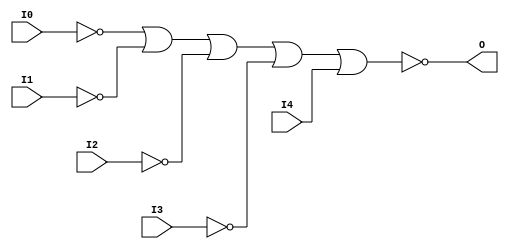
// $Header: /devl/xcs/repo/env/Databases/CAEInterfaces/xec_libs/data/unisims/NOR5B4.v,v 1.1 2005/05/10 01:20:06 wloo Exp $

/*

FUNCTION	: 5-INPUT NOR GATE

*/

`celldefine
`timescale  100 ps / 10 ps

module NOR5B4 (O, I0, I1, I2, I3, I4);

    output O;

    input  I0, I1, I2, I3, I4;

    not N3 (i3_inv, I3);
    not N2 (i2_inv, I2);
    not N1 (i1_inv, I1);
    not N0 (i0_inv, I0);
    nor O1 (O, i0_inv, i1_inv, i2_inv, i3_inv, I4);

endmodule